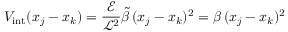
{ V _ { \mathrm { i n t } } ( x _ { j } - x _ { k } ) = \frac { \mathcal { E } } { \mathcal { L } ^ { 2 } } \tilde { \beta } \, ( x _ { j } - x _ { k } ) ^ { 2 } = \beta \, ( x _ { j } - x _ { k } ) ^ { 2 } }